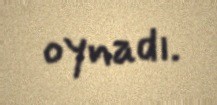
oynadı.